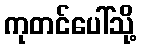
ကုတင်ပေါ်သို့